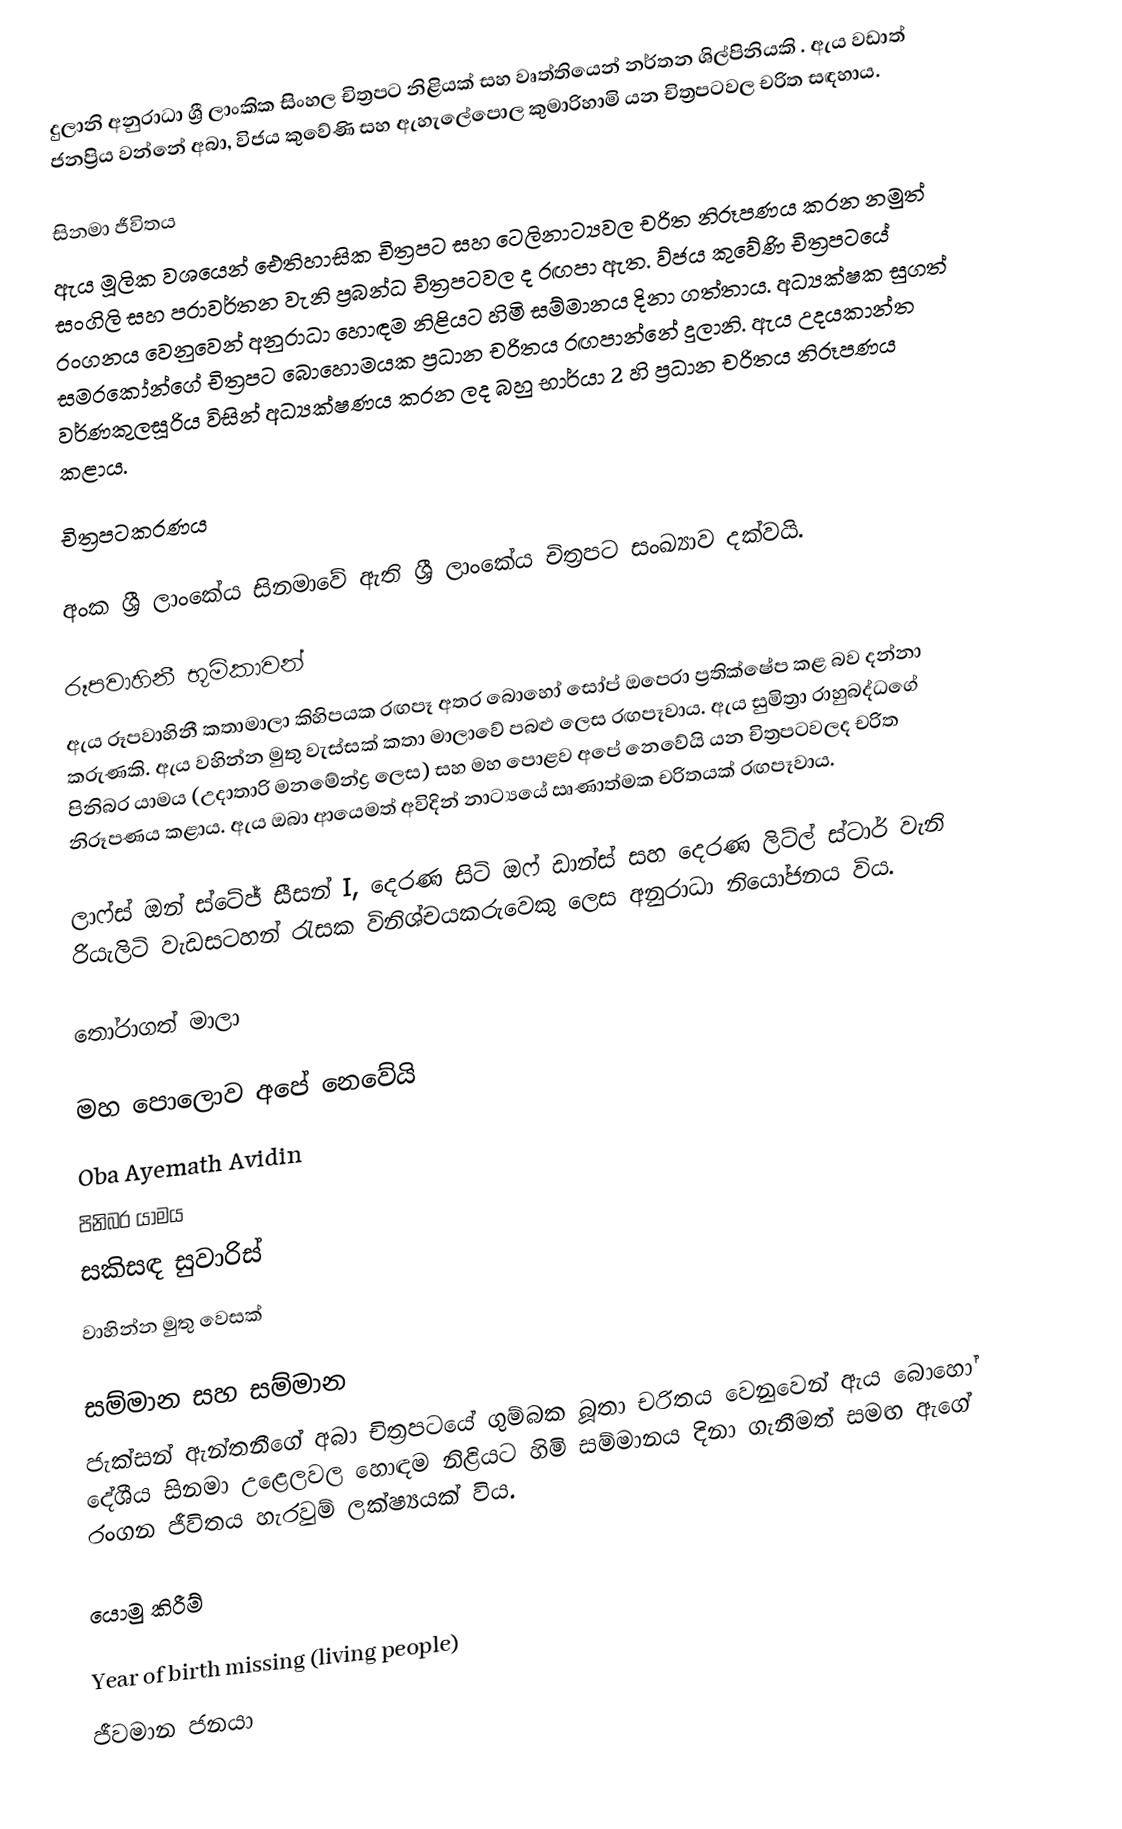
දුලානි අනුරාධා ශ්‍රී ලාංකික සිංහල චිත්‍රපට නිළියක් සහ වෘත්තියෙන් නර්තන ශිල්පිනියකි .  ඇය වඩාත් ජනප්‍රිය වන්නේ අබා, විජය කුවේණි සහ ඇහැලේපොල කුමාරිහාමි යන චිත්‍රපටවල චරිත සඳහාය.

සිනමා ජීවිතය
ඇය මූලික වශයෙන් ඓතිහාසික චිත්‍රපට සහ ටෙලිනාට්‍යවල චරිත නිරූපණය කරන නමුත් සංගිලි  සහ පරාවර්තන වැනි ප්‍රබන්ධ චිත්‍රපටවල ද රඟපා ඇත. ව්‍ජය කුවේණි චිත්‍රපටයේ රංගනය වෙනුවෙන් අනුරාධා හොඳම නිළියට හිමි සම්මානය දිනා ගත්තාය.  අධ්‍යක්ෂක සුගත් සමරකෝන්ගේ චිත්‍රපට බොහොමයක ප්‍රධාන චරිතය රඟපාන්නේ දුලානි. ඇය උදයකාන්ත වර්ණකුලසූරිය විසින් අධ්‍යක්ෂණය කරන ලද බහු භාර්යා 2 හි ප්‍රධාන චරිතය නිරූපණය කළාය.

චිත්‍රපටකරණය

 අංක ශ්‍රී ලාංකේය සිනමාවේ ඇති ශ්‍රී ලාංකේය චිත්‍රපට සංඛ්‍යාව දක්වයි.

රූපවාහිනී භූමිකාවන්
ඇය රූපවාහිනී කතාමාලා කිහිපයක රඟපෑ අතර බොහෝ සෝප් ඔපෙරා ප්‍රතික්ෂේප කළ බව දන්නා කරුණකි. ඇය වහින්න මුතු වැස්සක් කතා මාලාවේ පබළු ලෙස රඟපෑවාය.  ඇය සුමිත්‍රා රාහුබද්ධගේ පිනිබර යාමය (උදාතාරි මනමේන්ද්‍ර ලෙස)  සහ මහ පොළව අපේ නෙවේයි යන චිත්‍රපටවලද චරිත නිරූපණය කළාය. ඇය ඔබා ආයෙමත් අවිදින් නාට්‍යයේ ඍණාත්මක චරිතයක් රඟපෑවාය.

ලාෆ්ස් ඔන් ස්ටේජ් සීසන් I,  දෙරණ සිටි ඔෆ් ඩාන්ස් සහ දෙරණ ලිට්ල් ස්ටාර් වැනි රියැලිටි වැඩසටහන් රැසක විනිශ්චයකරුවෙකු ලෙස අනුරාධා නියෝජනය විය.

තෝරාගත් මාලා

 මහ පොලොව අපේ නෙවේයි
 Oba Ayemath Avidin
 පිනිබර යාමය
 සකිසඳ සුවාරිස්
 වාහින්න මුතු වෙසක්

සම්මාන සහ සම්මාන
ජැක්සන් ඇන්තනීගේ අබා චිත්‍රපටයේ ගුම්බක බූතා චරිතය වෙනුවෙන් ඇය බොහෝ දේශීය සිනමා උළෙලවල හොඳම නිළියට හිමි සම්මානය දිනා ගැනීමත් සමඟ ඇගේ රංගන ජීවිතය හැරවුම් ලක්ෂ්‍යයක් විය.

යොමු කිරීම්

Year of birth missing (living people)
ජීවමාන ජනයා